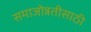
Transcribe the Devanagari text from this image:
समाजोन्नतीसाठी